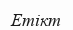
Етікт